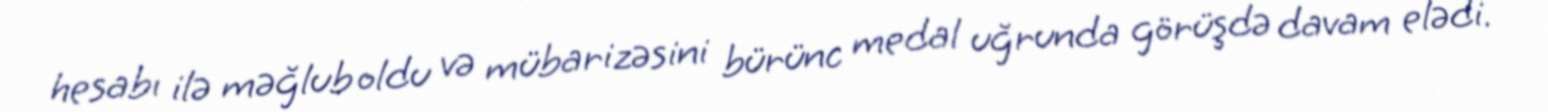
hesabı ilə məğlub oldu və mübarizəsini bürünc medal uğrunda görüşdə davam elədi.